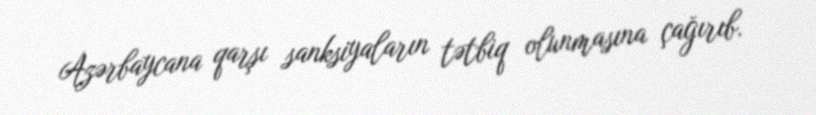
Azərbaycana qarşı sanksiyaların tətbiq olunmasına çağırıb.